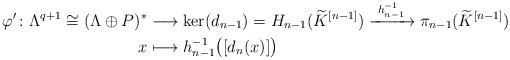
LaTeX: \begin{align*} \varphi^{\prime}\colon \Lambda^{q+1} \cong (\Lambda \oplus P)^{\ast} &\longrightarrow \ker(d_{n-1}) = H_{n-1}(\widetilde{K}^{[n-1]}) \xrightarrow[]{\ h_{n-1}^{-1} \ } \pi_{n-1}(\widetilde{K}^{[n-1]})\\ x & \longmapsto h_{n-1}^{-1} \big( [d_{n}(x)] \big)\end{align*}